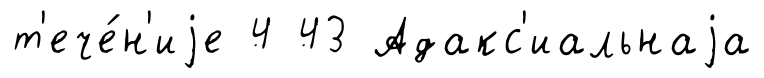
т'ече́н'иjе 4 43 Адакс'иальнаjа